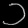
Digit: ၁